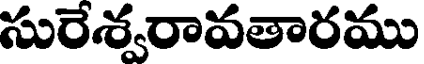
సురేశ్వరావతారము